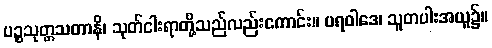
ပဉ္စသုတ္တသတာနိ၊ သုတ်ငါးရာတို့သည်လည်းကောင်း။ ပရဝါဒေ၊ သူတပါးအယူ၌။